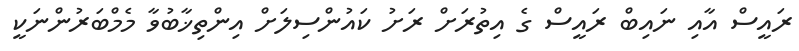
ރައީސް އާއި ނައިބް ރައީސް ގެ އިތުރަށް ރަށު ކައުންސިލަށް އިންތިޚާބުވާ މެމްބަރުންނަކީ